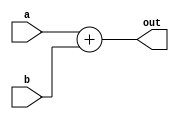
module adder_12(a,b,out);
input [11:0]  a,b;
output [11:0] out;
assign out=a+b;
endmodule